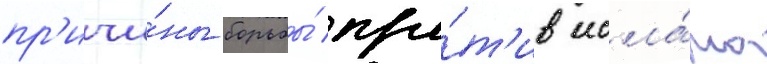
пр'ичи́ны борьбы́ про́т'ив исла́ма